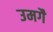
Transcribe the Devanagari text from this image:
उमगै